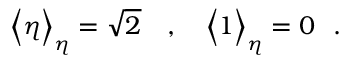
\Big \langle \eta \Big \rangle _ { \eta } = \sqrt { 2 } ~ ~ ~ , ~ ~ ~ \Big \langle 1 \Big \rangle _ { \eta } = 0 ~ ~ .